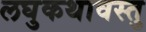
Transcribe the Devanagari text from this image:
लघुकथावस्तु